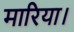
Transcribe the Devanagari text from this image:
मारिया।